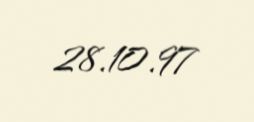
28.10.97